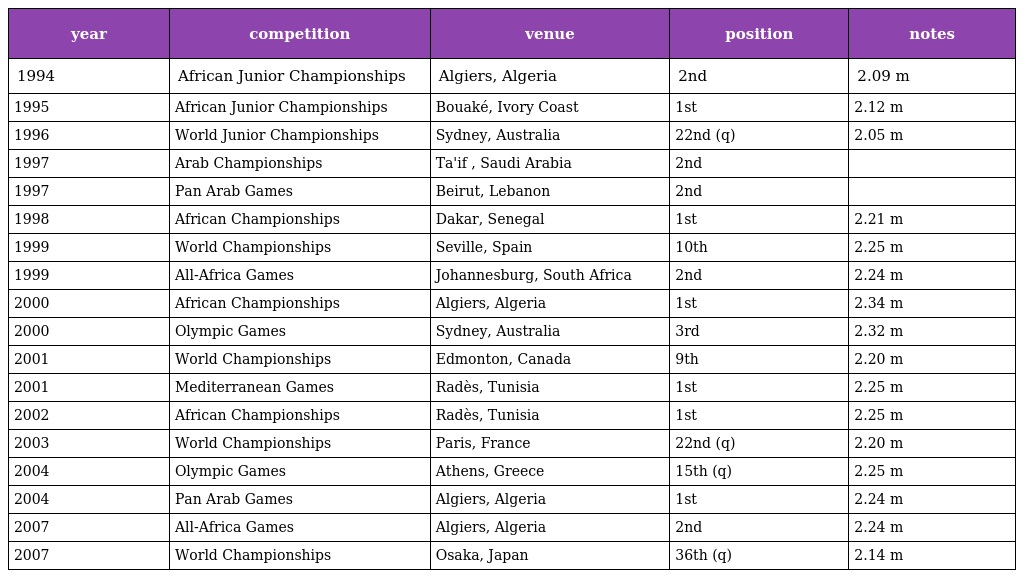
| year | competition | venue | position | notes |
 | --- | --- | --- | --- | --- |
 | 1994 | African Junior Championships | Algiers, Algeria | 2nd | 2.09 m |
 | 1995 | African Junior Championships | Bouaké, Ivory Coast | 1st | 2.12 m |
 | 1996 | World Junior Championships | Sydney, Australia | 22nd (q) | 2.05 m |
 | 1997 | Arab Championships | Ta'if , Saudi Arabia | 2nd |  |
 | 1997 | Pan Arab Games | Beirut, Lebanon | 2nd |  |
 | 1998 | African Championships | Dakar, Senegal | 1st | 2.21 m |
 | 1999 | World Championships | Seville, Spain | 10th | 2.25 m |
 | 1999 | All-Africa Games | Johannesburg, South Africa | 2nd | 2.24 m |
 | 2000 | African Championships | Algiers, Algeria | 1st | 2.34 m |
 | 2000 | Olympic Games | Sydney, Australia | 3rd | 2.32 m |
 | 2001 | World Championships | Edmonton, Canada | 9th | 2.20 m |
 | 2001 | Mediterranean Games | Radès, Tunisia | 1st | 2.25 m |
 | 2002 | African Championships | Radès, Tunisia | 1st | 2.25 m |
 | 2003 | World Championships | Paris, France | 22nd (q) | 2.20 m |
 | 2004 | Olympic Games | Athens, Greece | 15th (q) | 2.25 m |
 | 2004 | Pan Arab Games | Algiers, Algeria | 1st | 2.24 m |
 | 2007 | All-Africa Games | Algiers, Algeria | 2nd | 2.24 m |
 | 2007 | World Championships | Osaka, Japan | 36th (q) | 2.14 m |